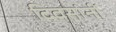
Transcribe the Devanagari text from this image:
दिवसांनीं